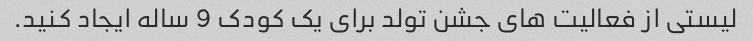
لیستی از فعالیت های جشن تولد برای یک کودک 9 ساله ایجاد کنید.